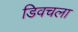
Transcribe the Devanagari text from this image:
डिवचला